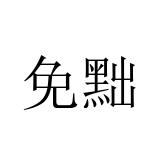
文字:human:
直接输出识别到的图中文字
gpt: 免黜